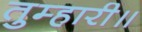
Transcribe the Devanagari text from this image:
तुम्हारी॥